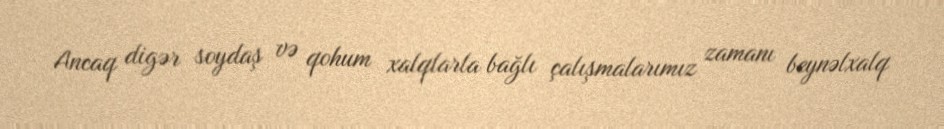
Ancaq digər soydaş və qohum xalqlarla bağlı çalışmalarımız zamanı beynəlxalq